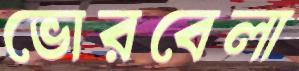
ভোরবেলা